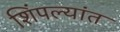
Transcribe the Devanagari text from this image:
शिंपल्यांत